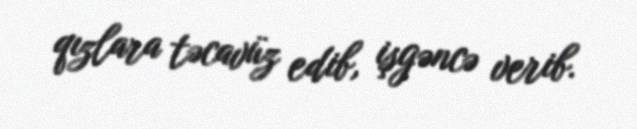
qızlara təcavüz edib, işgəncə verib.